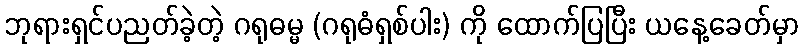
ဘုရားရှင်ပညတ်ခဲ့တဲ့ ဂရုဓမ္မ (ဂရုဓံရှစ်ပါး) ကို ထောက်ပြပြီး ယနေ့ခေတ်မှာ